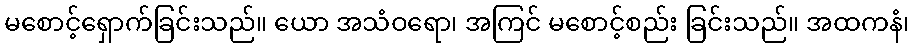
မစောင့်ရှောက်ခြင်းသည်။ ယော အသံဝရော၊ အကြင် မစောင့်စည်း ခြင်းသည်။ အထကနံ၊